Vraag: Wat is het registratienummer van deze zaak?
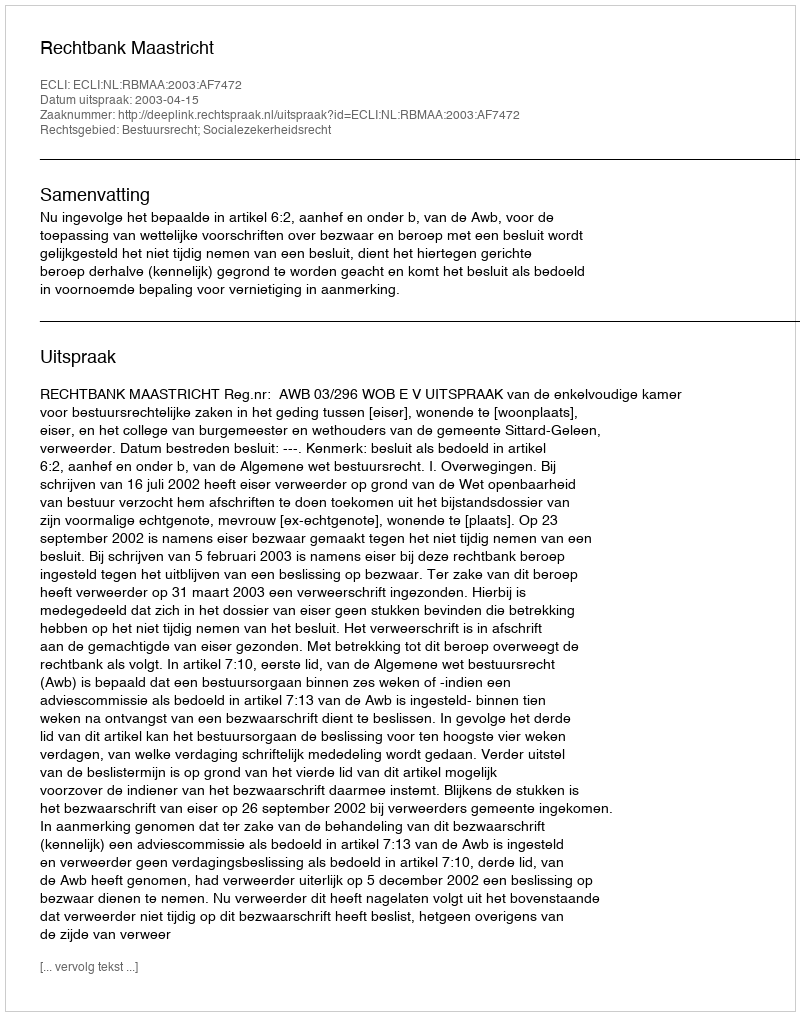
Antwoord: http://deeplink.rechtspraak.nl/uitspraak?id=ECLI:NL:RBMAA:2003:AF7472